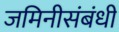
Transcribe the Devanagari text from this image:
जमिनीसंबंधी